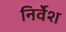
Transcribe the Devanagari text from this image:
निर्वेश